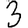
Digit: 3